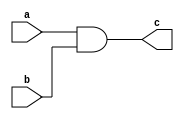
module and_gate(c,a,b);

output c;
input a,b;

wire x;

nand(x,a,b);
nand(c,x,x);

endmodule